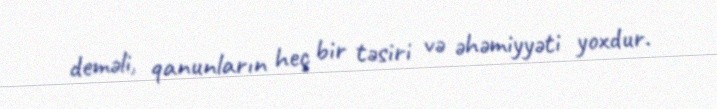
deməli, qanunların heç bir təsiri və əhəmiyyəti yoxdur.